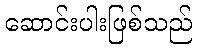
ဆောင်းပါးဖြစ်သည်